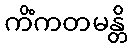
ကိံကတမန္တိ